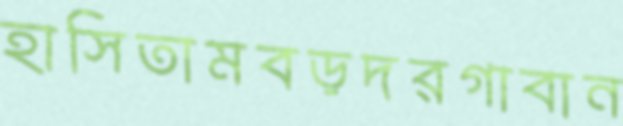
হাসিতামবড়দরগাবান